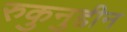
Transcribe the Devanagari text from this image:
रुकुनुद्दीन